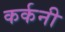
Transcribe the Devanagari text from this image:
कर्कनी